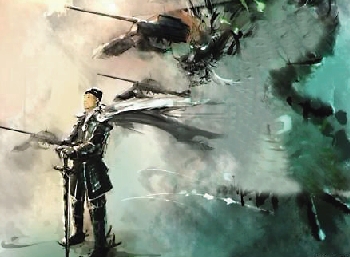
落日照大旗，马鸣风萧萧。